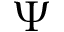
\Psi